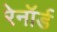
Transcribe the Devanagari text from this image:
रेनॉर्ड